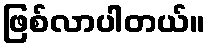
ဖြစ်လာပါတယ်။